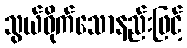
သွယ်ဝိုက်သောနည်းဖြင့်